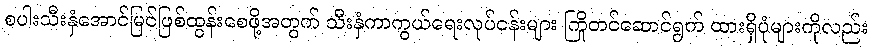
စပါးသီးနှံအောင်မြင်ဖြစ်ထွန်းစေဖို့အတွက် သီးနှံကာကွယ်ရေးလုပ်ငန်းများ ကြိုတင်ဆောင်ရွက် ထားရှိပုံများကိုလည်း